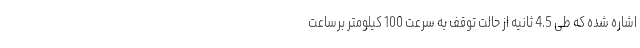
اشاره شده که طی 4.5 ثانیه از حالت توقف به سرعت 100 کیلومتر برساعت